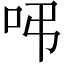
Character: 𠰀